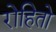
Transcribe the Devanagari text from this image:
रोहितो